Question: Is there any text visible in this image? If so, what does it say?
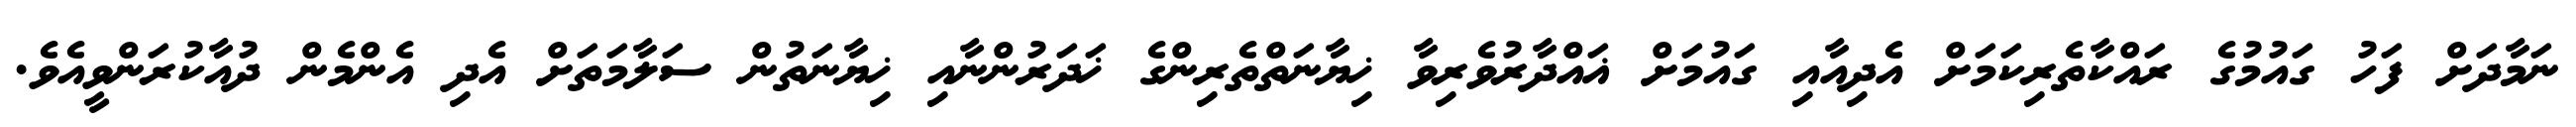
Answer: ނަމާދަށް ފަހު ގައުމުގެ ރައްކާތެރިކަމަށް އެދިއާއި ގައުމަށް ޣައްދާރުވެރިވާ ޚިޔާނަތްތެރިންގެ ޚަދަރުންނާއި ޚިޔާނަތުން ސަލާމަތަށް އެދި އެންމެން ދުއާކުރަންވީއެވެ.